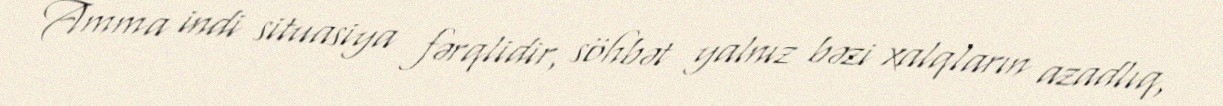
Amma indi situasiya fərqlidir, söhbət yalnız bəzi xalqların azadlıq,